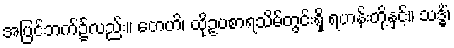
အပြင်ဘက်၌လည်း။ တေဟိ၊ ထိုဥပစာရသိမ်တွင်းရှိ ရဟန်းတို့နှင့်။ သဒ္ဓိံ၊